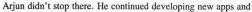
Arjun didn't stop there, He continued developing new apps and